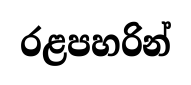
රළපහරින්